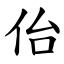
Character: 佁